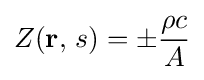
Z(\mathbf {r} ,\,s)=\pm {\frac {\rho c}{A}}